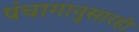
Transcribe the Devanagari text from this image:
पंचागानुसारही